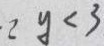
2 y < 3